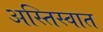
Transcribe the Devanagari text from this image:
अस्तिस्वात